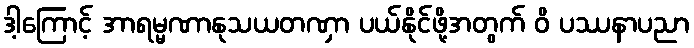
ဒါ့ကြောင့် အာရမ္မဏာနုသယတဏှာ ပယ်နိုင်ဖို့အတွက် ဝိ ပဿနာပညာ